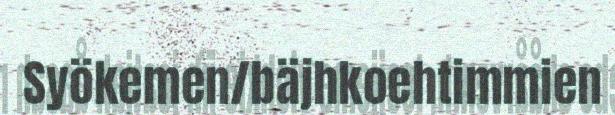
Syökemen/bäjhkoehtimmien